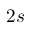
2 s